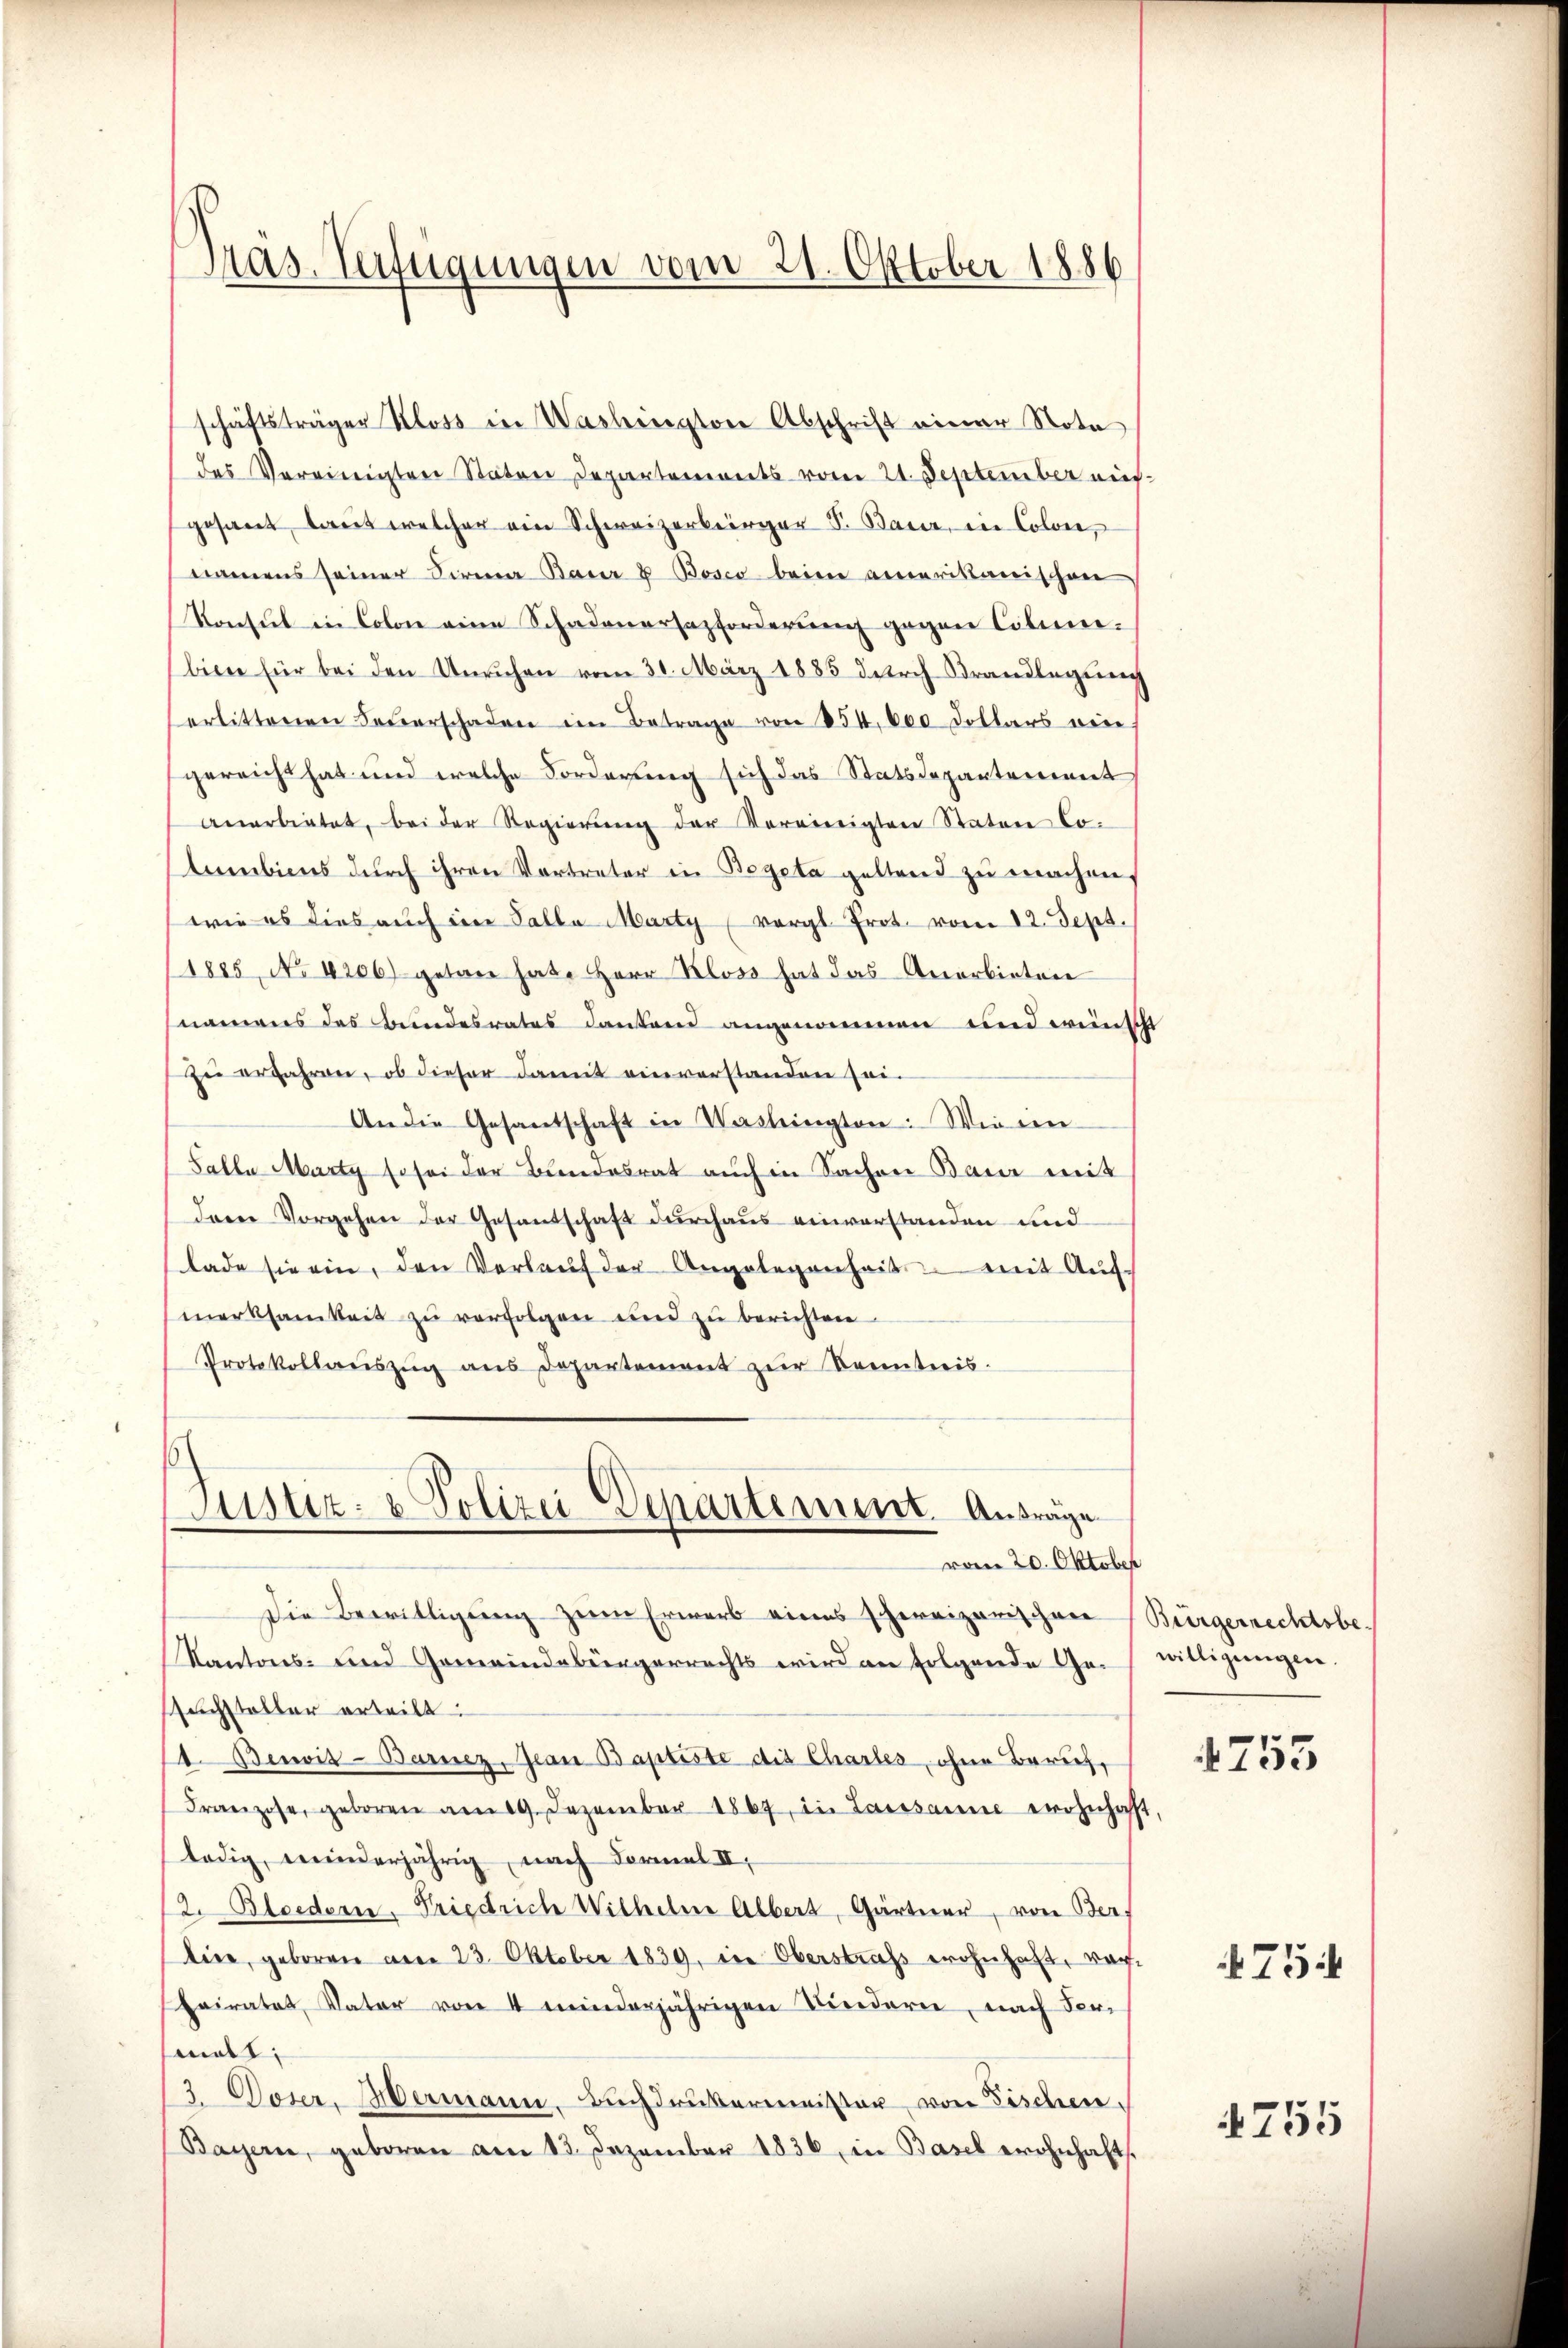
Präs. Verfügungen vom 21. Oktober 1886

schäftsträger Kloss in Washington Abschrift einer Nota
des Vereinigten Stäten Departemonts vom 21. September eins
gesant, tant welcher ein Schweizerbürger S. Baur, in Colon,
namens seiner Firma Baur & Bosco beim amerikanischen
Konsul in Colon eine Schadenersazforderung gegen Cilinibien für bei den Unruhen vom 31. März 1885 durch Brandlegung
erlittenen Feŭerschaden im Betrage von 854, 600 Dollars wei
gereicht hat und welche Forderung sich das Statsdepartement
anerbietet, bei der Regierŭng der Vereinigten Staten Columbiens durch ihren Vortreter in Begeta geltend zu machen
wie es dies auch ein Talla Marty vergl. Prot. vom 12. Sept.
1885, No 4206) getan hat. Herr Kloss hat das Anerbieten
namens des Bundesrates dankend angenommen und wünscht
zu erfahren, ob dieser damit einverstanden sei-
An die Gesandschaft in Vaslingten: Wie ein
Salle Marty so sei der Bundesrat auch in Sachen Baur mit
dere Vorgehen der Gesantschaft durchaus einverstanden und
Lade sie ein, den Verlaŭf der Angelegenheit mit Auf-
merksamkeit zŭ verfolgen und zŭ berichten
Protokollaŭszŭg ans Departement zŭr Kenntnis.

Justiz- & Polizei Departement. Anträge
vom 20. Oktober

Die Bewilligung zum Erwarb eines schweizerischen Bürgerrechtsbe
Kantons- und Gemeindebürgerrechts wird an folgende Ge- willigŭngen.
achsteller erteilt:
1. Beuit-Barnez, Jean Baptiste die Chartes, ohne Zürich,
Franzose, geboren am 19. Dezember 1867, in Laissanne wohnhaft,
ledig, winderjährig, nach Formal II,
2. Bloeder, Friedrich Wilhelm Albert, Gärtner, von Ber
line, geboren am 23. Oktober 1839, die Oberstraf wohnhaft, vorheiratet, Vater von 4 minderjährigen Kindern, nach Ver-
matt.
13. Doser, Hermann, Buchdrukermeister von Fischen.
Bayern, geboren am 13. Dezember 1836, in Basel wohnhafts¬

753

754

4755